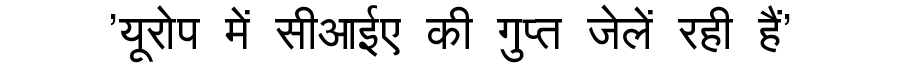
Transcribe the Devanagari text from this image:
'यूरोप में सीआईए की गुप्त जेलें रही हैं'